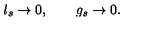
l _ { s } \rightarrow 0 , \qquad g _ { s } \rightarrow 0 .